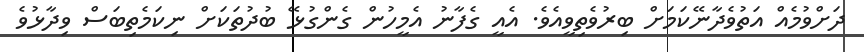
ދަށްވުމެއް އަތުވެދާނޭކަމަށް ބިރުވެތިވީއެވެ. އެއީ ގެފާނު އެމީހުން ގެންގުޅޭ ބުދުތަކަށް ނިކަމެތިބަސް ވިދާޅުވެ